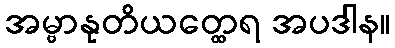
အမ္ဗာနုတိယတ္ထေရ အပဒါန။